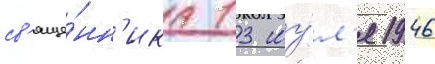
св'яще́нн'ика 13 иу́л'я 1946